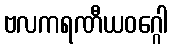
ဗလကရဏီယဝဂ္ဂေါ